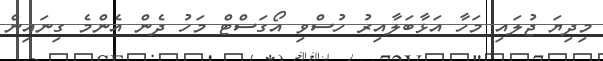
މިދިޔަ ޖުލައި މަހާ އަޅާބަލާއިރު ހުސްވި އޯގަސްޓް މަހު ދެން އެންމެ ގިނައިން